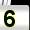
Digit: 5